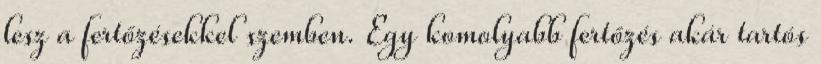
lesz a fertőzésekkel szemben. Egy komolyabb fertőzés akár tartós